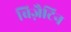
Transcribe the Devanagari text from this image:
बिज़ैटिन